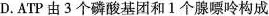
D.ATP由3个磷酸基团和1个腺嘌呤构成